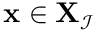
\bf { x } \in \bf { X } _ { \mathcal { I } }